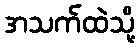
အသက်ထဲသို့